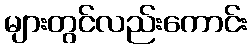
များတွင်လည်းကောင်း